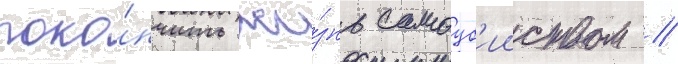
поко́нчить жи́знь самоуб'ииством //